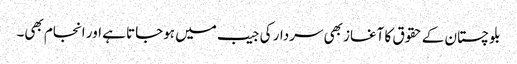
بلوچستان کے حقوق کا آغاز بھی سردار کی جیب میں ہوجاتا ہے اور انجام بھی۔